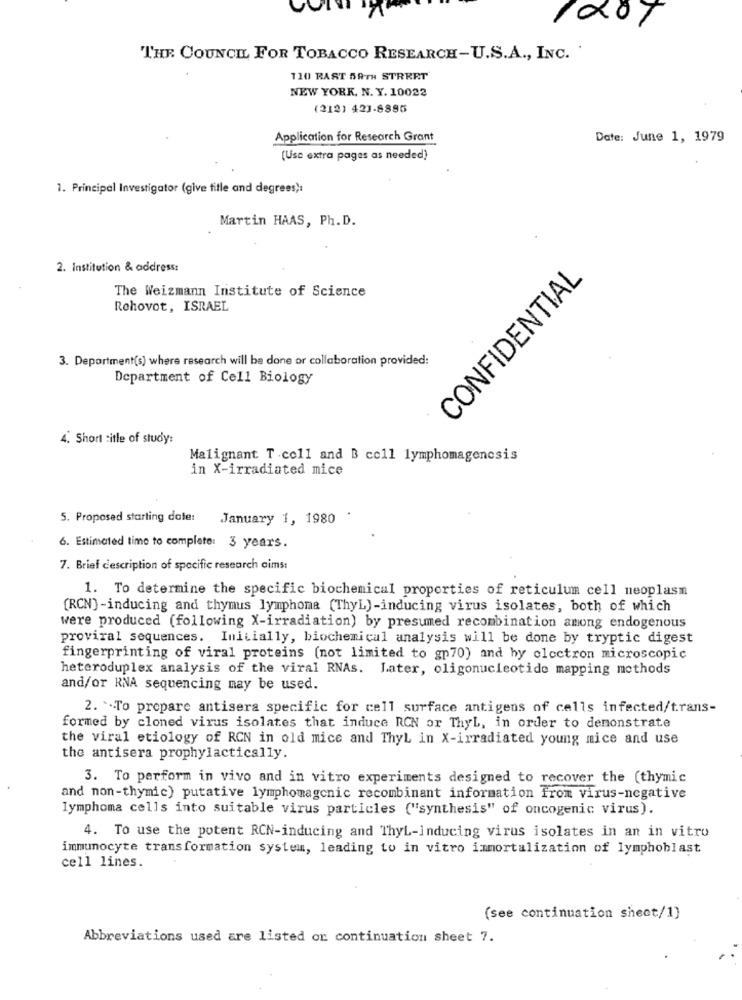
THE COUNCIL FOR TOBACCO RESEARCH-U.S.A ., INC.
110 RAST 59TH STREET
NEW YORK. N. Y. 10022
(212) 423-8885
Application for Research Grant
Date: June 1, 1979
(Use extra pages as needed)
1. Principal Investigator (give title and degrees):
Martin HAAS, Ph. D.
2. Institution & address:
CONFIDENTIAL
The Weizmann Institute of Science
Rehovot, ISRAEL
3. Department(s) where research will be done or collaboration provided:
Department of Cell Biology
4. Short sitle of study:
Malignant T.coll and B cell lymphomagenesis
in X-irradiated mice
5. Proposed starting dole: January 1, 1980
6. Estimated time to complete: 3 years.
7. Brief description of specific research aims:
1. To determine the specific biochemical properties of reticulum cell neoplasm
[RCN)-inducing and thymus lymphoma (ThyL)-inducing virus isolates, both of which
were produced (following X-irradiation) by presumed recombination among endogenous
proviral sequences. Initially, biochemical analysis will be done by tryptic digest
fingerprinting of viral proteins (not limited to gp70) and hy clectron microscopic
heteroduplex analysis of the viral RNAs. Later, oligonucleotide mapping methods
and/or RNA sequencing may be used.
2. `.To prepare antisera specific for cell surface antigens of cells infected/trans-
formed by cloned virus isolates that induce RCN or ThyL, in order to demonstrate
the viral etiology of RCN in old mice and ThyL in X-irradiated young mice and use
the antisera prophylactically.
3. To perform in vivo and in vitro experiments designed to recover the (thymic
and non-thymie) putative lymphomagcnic recombinant information from virus-negative
lymphoma cells into suitable virus particles ("synthesis" of oncogenic virus).
4. To use the potent RCN-inducing and ThyL-inducing virus isolates in an in vitro
immunocyte transformation system, leading to in vitro immortalization of lymphoblast
cell lines.
(see continuation shect/1)
Abbreviations used are listed on continuation sheet 7.